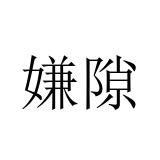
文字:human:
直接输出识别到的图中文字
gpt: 嫌隙